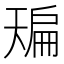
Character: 𰀙